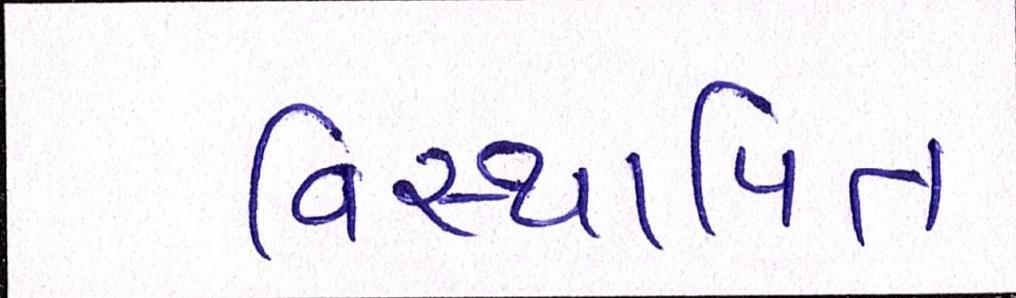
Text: વિસ્થાપિત